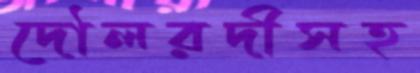
দৌলরদীসহ